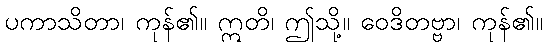
ပကာသိတာ၊ ကုန်၏။ ဣတိ၊ ဤသို့။ ဝေဒိတဗ္ဗာ၊ ကုန်၏။